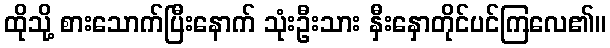
ထိုသို့ စားသောက်ပြီးနောက် သုံးဦးသား နှီးနှောတိုင်ပင်ကြလေ၏။